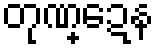
တုဏ္ဍေန